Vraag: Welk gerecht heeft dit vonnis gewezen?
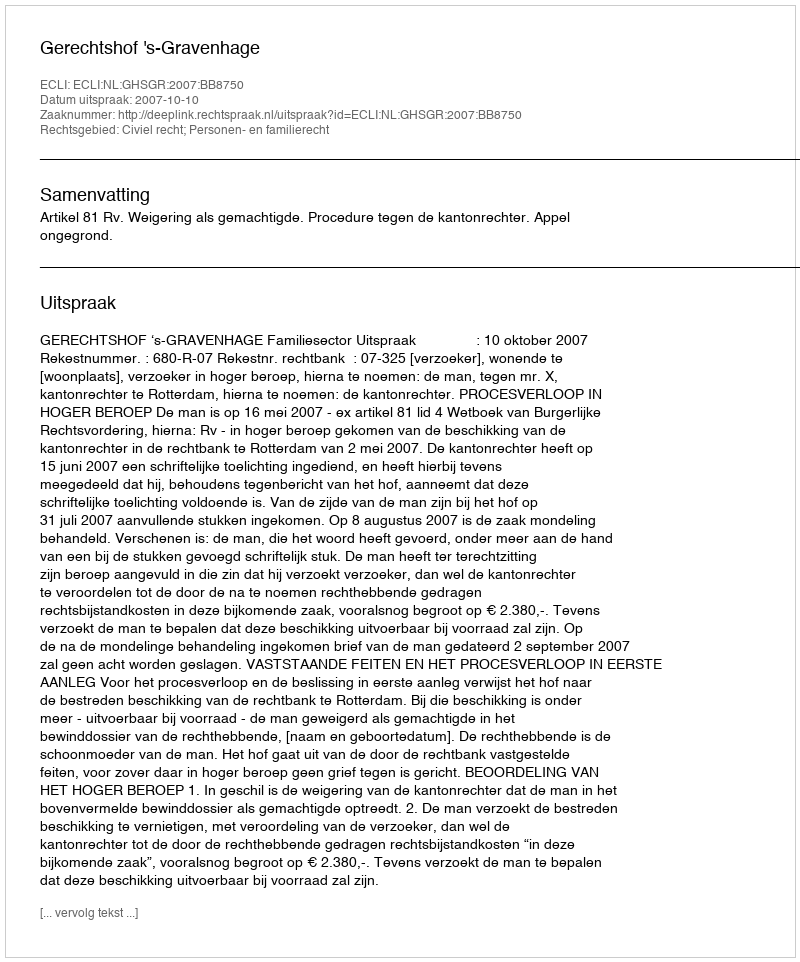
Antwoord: Gerechtshof 's-Gravenhage